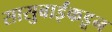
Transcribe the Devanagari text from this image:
सासुबाईंकडून